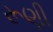
રૂણી